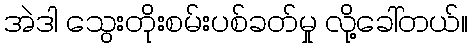
အဲဒါ သွေးတိုးစမ်းပစ်ခတ်မှု လို့ခေါ်တယ်။